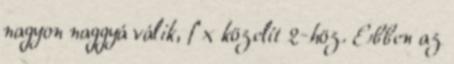
nagyon naggyá válik, f x közelít 2-höz. Ebben az